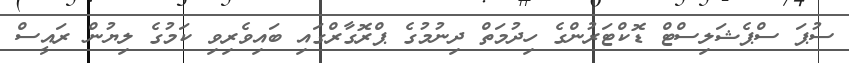
ސުޕަ ސްޕެޝަލިސްޓް ޑޮކްޓަރުންގެ ހިދުމަތް ދިނުމުގެ ޕްރޮގާރްގައި ބައިވެރިވި ކަމުގެ ލިޔުން ރައީސް